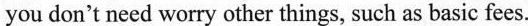
you don't need worry other things, such as basic fees.